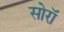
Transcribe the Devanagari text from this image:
सोरॉ